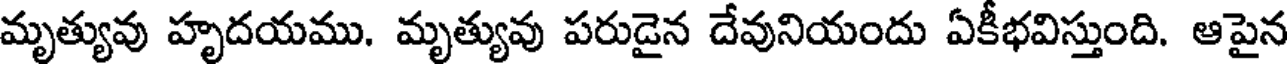
మృత్యువు హృదయము. మృత్యువు పరుడైన దేవునియందు ఏకీభవిస్తుంది. ఆపైన